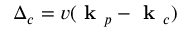
\Delta _ { c } = v ( \textbf { k } _ { p } - \textbf { k } _ { c } )